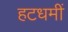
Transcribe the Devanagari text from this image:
हटधमीं